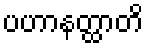
ပဟာနတ္ထာတိ